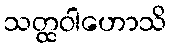
သတ္ထဝါဟောသိ